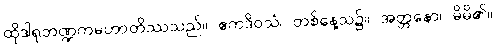
ထိုဒါရုဘဏ္ဍကမဟာတိဿသည်။ ဧကဒိဝသံ၊ တစ်နေ့သ၌။ အတ္တနော၊ မိမိ၏။